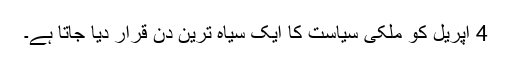
4 اپریل کو ملکی سیاست کا ایک سیاہ ترین دن قرار دیا جاتا ہے۔